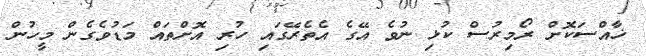
ޚާއްސަކޮށް ރޯމިރުސް ކުޅި ނުވެ އޭގެ އެެތެރޭގައި ހުރި އޮށްތައް މަޑުވެގެން މީހުން